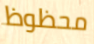
محظوظ